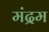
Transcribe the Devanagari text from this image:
मंद्रम